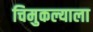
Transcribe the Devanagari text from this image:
चिमुकल्याला